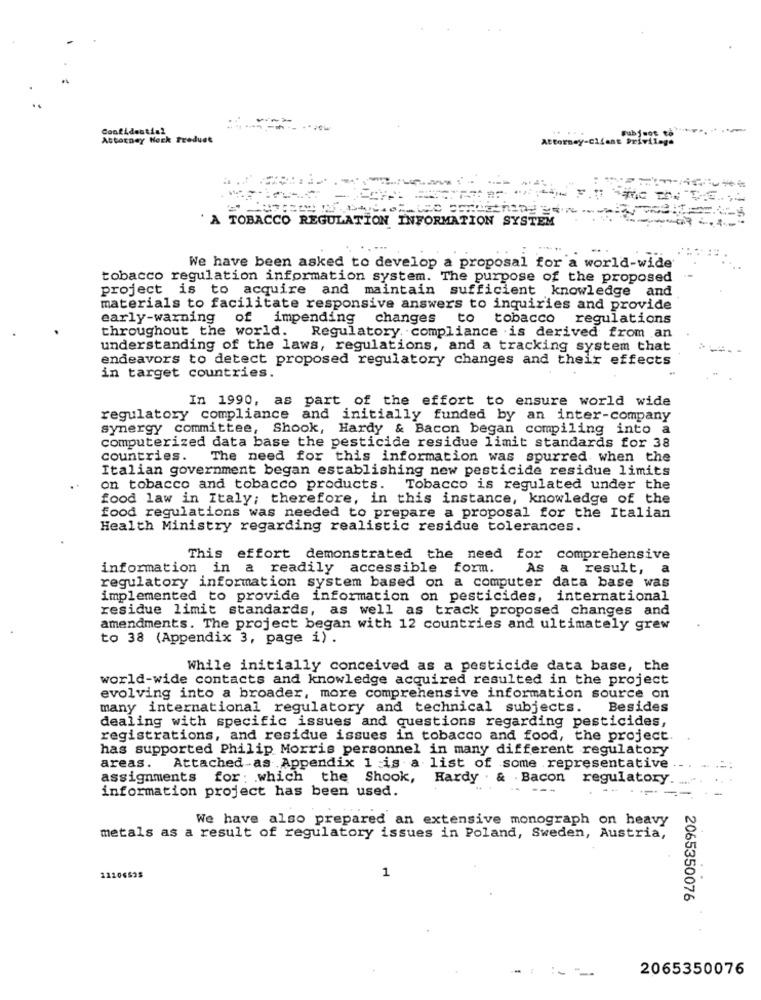
Confidential
...
Attorney Heck Treduet
Attorney-Cile
Privilege
'A TOBACCO REGULATION INFORMATION SYSTEM
We have been asked to develop a proposal for a world-wide
tobacco regulation information system. The purpose of the proposed
project is to acquire and maintain sufficient knowledge and
materials to facilitate responsive answers to inquiries and provide
early-warning of impending changes to tobacco regulations
throughout the world.
Regulatory compliance is derived from an
understanding of the laws, regulations, and a tracking system that
endeavors to detect proposed regulatory changes and their effects
in target countries.
In 1990, as part of the effort to ensure world wide
regulatory compliance and initially funded by an inter-company
synergy committee, Shook, Hardy & Bacon began compiling into a
computerized data base the pesticide residue limit standards for 38
countries.
The need for this information was spurred when the
Italian government began establishing new pesticide residue limits
on tobacco and tobacco products. Tobacco is regulated under the
food law in Italy; therefore, in this instance, knowledge of the
food regulations was needed to prepare a proposal for the Italian
Health Ministry regarding realistic residue tolerances.
This effort demonstrated the need for comprehensive
information in a readily accessible form.
As a result,
a
regulatory information system based on a computer data base was
implemented to provide information on pesticides, international
residue limit standards, as well as track proposed changes and
amendments. The project began with 12 countries and ultimately grew
to 38 (Appendix 3, page i) .
While initially conceived as a pesticide data base, the
world-wide contacts and knowledge acquired resulted in the project
evolving into a broader, more comprehensive information source on
many international regulatory and technical subjects.
Besides
dealing with specific issues and questions regarding pesticides,
registrations, and residue issues in tobacco and food, the project
has supported Philip Morris personnel in many different regulatory
areas.
Attached-as Appendix 1 is a list of some representative
assignments for: which the Shook, Hardy . & Bacon regulatory
information project has been used.
--
We have also prepared an extensive monograph on heavy
metals as a result of regulatory issues in Poland, Sweden, Austria,
1
2065350076
2065350076